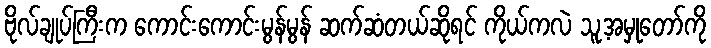
ဗိုလ်ချုပ်ကြီးက ကောင်းကောင်းမွန်မွန် ဆက်ဆံတယ်ဆိုရင် ကိုယ်ကလဲ သူ့အမှုတော်ကို